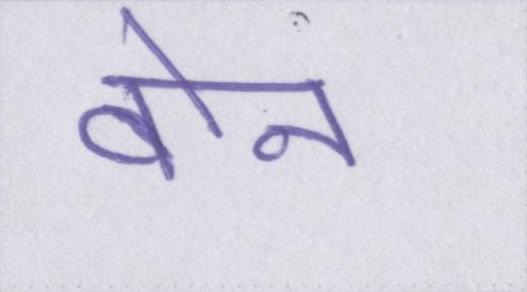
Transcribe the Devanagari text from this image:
बोन